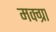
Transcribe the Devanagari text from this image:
मक्ग्रा